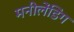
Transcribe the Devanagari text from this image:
मनीलेंडिंग